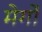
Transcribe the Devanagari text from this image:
मेर्गों